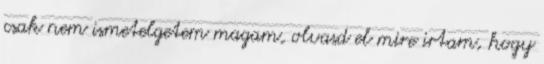
csak nem ismetelgetem magam, olvasd el mire irtam, hogy